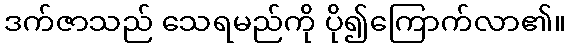
ဒက်ဇာသည် သေရမည်ကို ပို၍ကြောက်လာ၏။